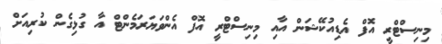
މިނިސްޓްރީ އޮފް އެޑިއުކޭޝަން އާއި މިނިސްޓްރީ އޮފް އެންވަޔަރަމެންޓް އާ ގުޅިގެން ކުރިއަށް